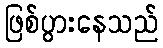
ဖြစ်ပွားနေသည်